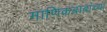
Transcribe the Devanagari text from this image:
माणिकबाबांच्या